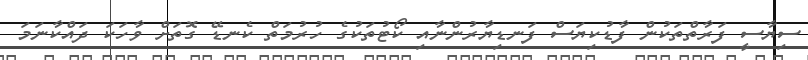
ސިޔާސީ ފަރާތްތަކުން ފާޑުކިޔަސް ފަނޑިޔާރުންނާއި ކޯޓުތަކުގެ ހުރުމަތް ކެނޑޭ ގޮތަށް ވާހަކަ ދައްކާނަމަ